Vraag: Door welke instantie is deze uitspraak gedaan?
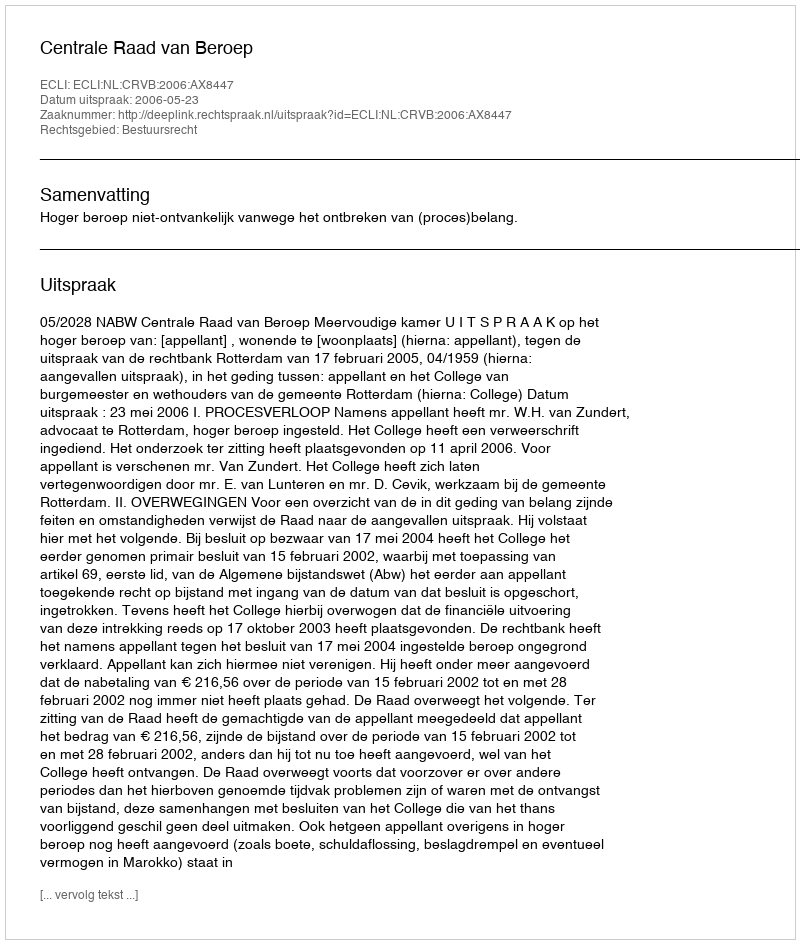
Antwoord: Centrale Raad van Beroep